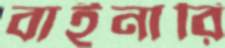
বাইনারি